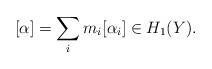
LaTeX: \begin{align*}[\alpha]=\sum_i m_i [\alpha_i] \in H_1(Y).\end{align*}